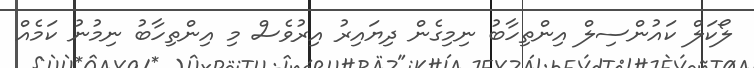
ލޯކަލް ކައުންސިލް އިންތިހާބު ނިމިގެން ދިޔައިރު އިރުވެސް މި އިންތިހާބު ނިމުނު ކަމެއް